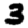
Digit: 3